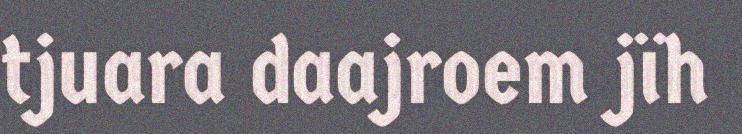
tjuara daajroem jïh